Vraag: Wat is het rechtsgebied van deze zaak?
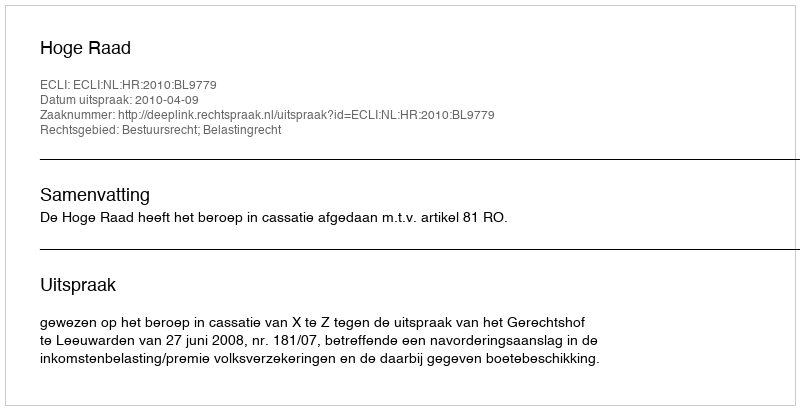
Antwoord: Bestuursrecht; Belastingrecht